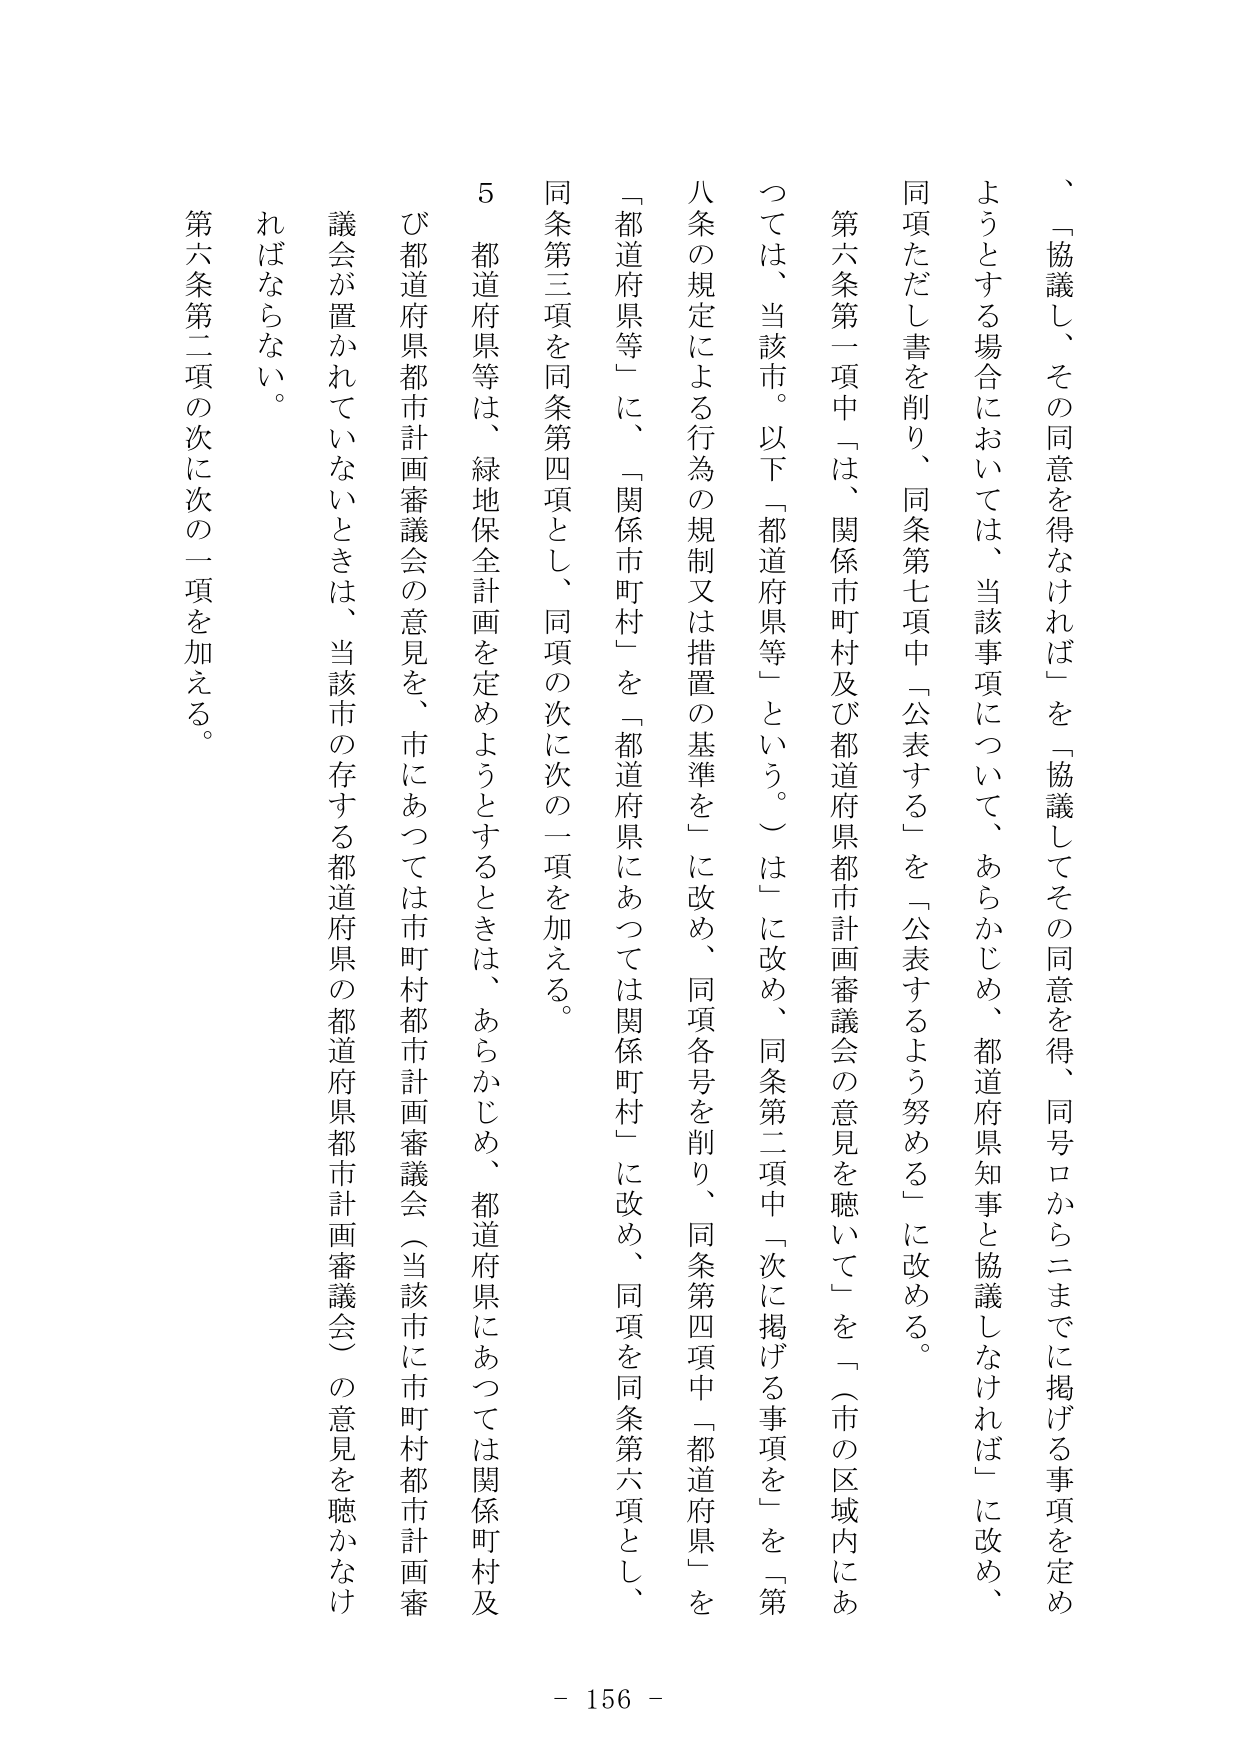
、「協議し、その同意を得なければ」を「協議してその同意を得、同号ロからニまでに掲げる事項を定めようとする場合においては、当該事項について、あらかじめ、都道府県知事と協議しなければ」に改め、同項ただし書を削り、同条第七項中「公表する」を「公表するよう努める」に改める。

第六条第一項中「は、関係市町村及び都道府県都市計画審議会の意見を聴いて」を「（市の区域内にあっては、当該市。以下「都道府県等」という。）は」に改め、同条第二項中「次に掲げる事項を」を「第八条の規定による行為の規制又は措置の基準を」に改め、同項各号を削り、同条第四項中「都道府県」を「都道府県等」に、「関係市町村」を「都道府県にあっては関係町村」に改め、同項を同条第六項とし、同条第三項を同条第四項とし、同項の次に次の一項を加える。

５ 都道府県等は、緑地保全計画を定めようとするときは、あらかじめ、都道府県にあっては関係町村及び都道府県都市計画審議会の意見を、市にあっては市町村都市計画審議会（当該市に市町村都市計画審議会が置かれていないときは、当該市の存する都道府県の都道府県都市計画審議会）の意見を聴かなければならない。

第六条第二項の次に次の一項を加える。

- 156 -